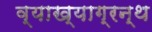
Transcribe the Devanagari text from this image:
व्याख्याग्रन्थ